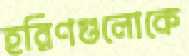
হরিণগুলোকে